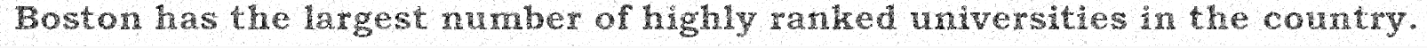
Boston has the largest number of highly ranked universities in the country.